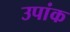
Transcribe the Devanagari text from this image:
उपांक